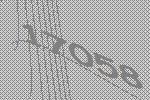
17058